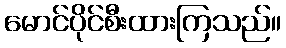
မောင်ပိုင်စီးထားကြသည်။